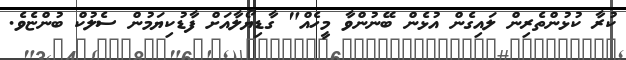
ކުރާ ކުޅުންތެރިން ލައިގެން އުޅެން ބޭނުންވާ މީހެއް" ގާޑިޔޯލާއަށް ފާޑުކިޔަމުން ސެލުކް ބުންޏެވެ.